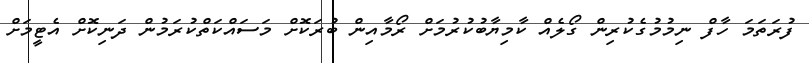
ފުރަތަމަ ހާފް ނިމުމުގެކުރިން ގޯލެއް ކާމިޔާބުކުރުމަށް ރޯމާއިން ބުރަކޮށް މަސައްކަތްކުރަމުން ދަނިކޮށް އެޓީމަށް